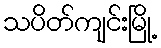
သပိတ်ကျင်းမြို့